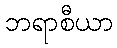
ဘရာစီယာ